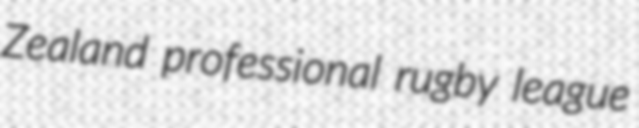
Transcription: Zealand professional rugby league